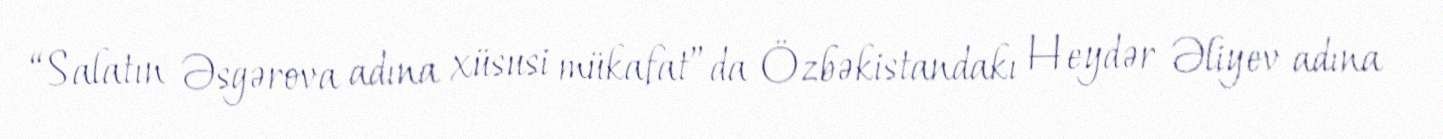
“Salatın Əsgərova adına xüsusi mükafat”da Özbəkistandakı Heydər Əliyev adına